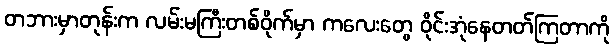
တဘားမှာတုန်းက လမ်းမကြီးတစ်ဝိုက်မှာ ကလေးတွေ ဝိုင်းအုံနေတတ်ကြတာကို